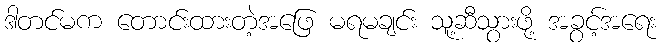
ဒါတင်မက တောင်းထားတဲ့အဖြေ မရမချင်း သူ့ဆီသွားဖို့ အခွင့်အရေး